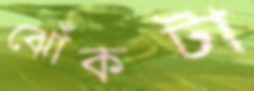
ঝোঁকটা